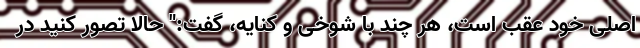
اصلی خود عقب است، هر چند با شوخی و کنایه، گفت:" حالا تصور کنید در